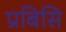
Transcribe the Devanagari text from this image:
प्रबिसि